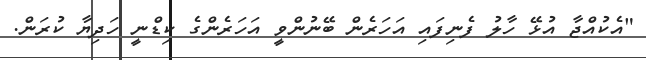
"އެކުއްޖާ އުޅޭ ހާލު ފެނިފައި އަހަރެން ބޭނުންވީ އަހަރެންގެ ކިޑްނީ ހަދިޔާ ކުރަން.